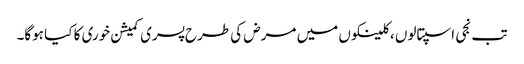
تب نجی اسپتالوں ، کلینکوں میں مرض کی طرح پسری کمیشن خوری کا کیا ہوگا۔